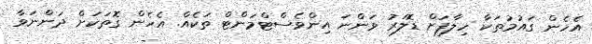
އެހެން ގައުމުތަކާ ހިލާފަށް ޑޮލަރު ވަންނަ އިންވެސްޓްމަންޓް ތަކެއް. އެހެން ގޮތަކަށް ދަންނަވާ